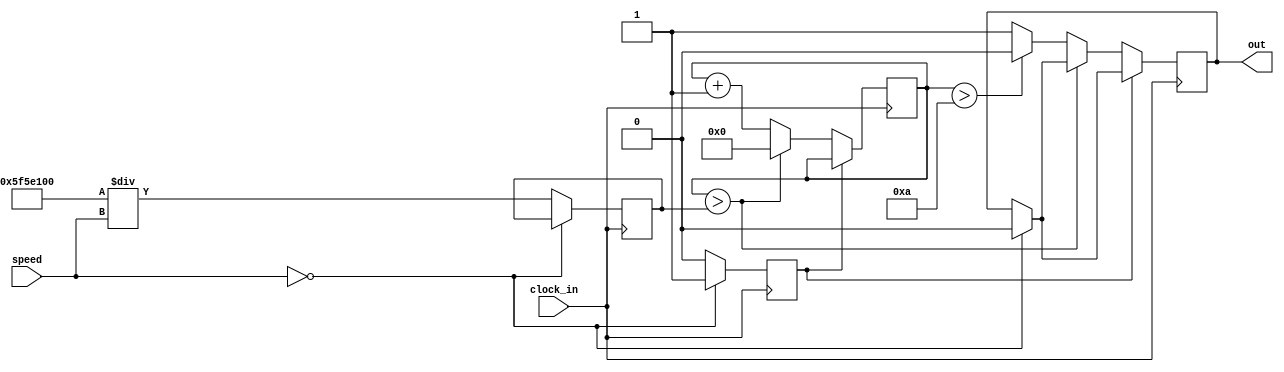
module move_one_step(clock_in, speed, out);
    
input clock_in; // input clock on FPGA
input[31:0] speed; 

output reg out; // output clock after dividing the input clock by divisor
reg[27:0] counter = 28'd0;

reg [50:0] clock_cycles;

//assign clock_cycles = (10 / (speed) * 100000000); 

reg off_flag;


parameter DIVISOR = 28'd3;

initial counter = 0;
initial out = 0;

initial clock_cycles = 50'b0;

initial off_flag = 1;

// The frequency of the output clk_out
//d480000
//  = The frequency of the input clk_in divided by DIVISOR
// For example: Fclk_in = 50Mhz, if you want to get 1Hz signal to blink LEDs
// You will modify the DIVISOR parameter value to 28'd50.000.000
// Then the frequency of the output clk_out = 50Mhz/50.000.000 = 1Hz

always @(posedge clock_in) begin
    //clock_cycles <= (50'd10 / (speed) * 50'd100000000); 
    //clock_cycles <= speed * 2;
    //clock_cycles <= (50'd10 * 50'd10000000) / (speed) ; 

    if (speed == 0) begin
        off_flag <= 1;
        out <= 0;
    end
    else begin
        off_flag <= 0;
        clock_cycles <= (50'd10 * 50'd10000000) / (speed) ; 
        //clock_cycles <= (50'd10 * 50'd100000) / (speed) ; 

    end
    
    if (!off_flag) begin
        //if (counter > 32'd50000) begin
        if(counter > clock_cycles) begin
            counter <= 28'd0;
            //clock_out <= (counter< DIVISOR / 2) ? 1'b1 : 1'b0;
        end
        //else if (counter > 28'd1000) begin
        else if (counter > 28'd10) begin
            counter <= counter + 28'd1;
            out <= 0;
        end
        else begin
            counter <= counter + 28'd1;
            out <= 1;
        end
    end
end


endmodule